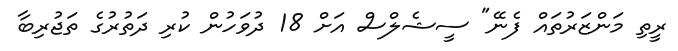
ރީތި މަންޒަރުތައް ފެނޭ" ސީޝެލްސް އަށް 18 ދުވަހުން ކުރި ދަތުރުގެ ތަޖުރިބާ